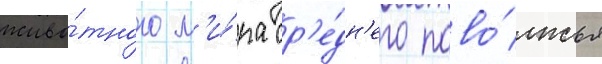
живо́тного м'и́ра ср'е́дн'его пово́лжья